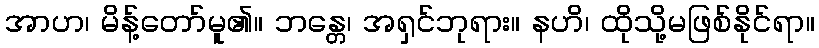
အာဟ၊ မိန့်တော်မူ၏။ ဘန္တေ၊ အရှင်ဘုရား။ နဟိ၊ ထိုသို့မဖြစ်နိုင်ရာ။